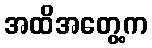
အထိအတွေ့က